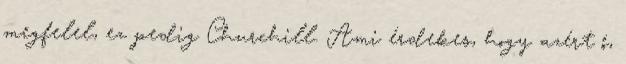
megfelel, ez pedig Churchill. Ami érdekes, hogy azért ő,